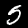
Digit: 5